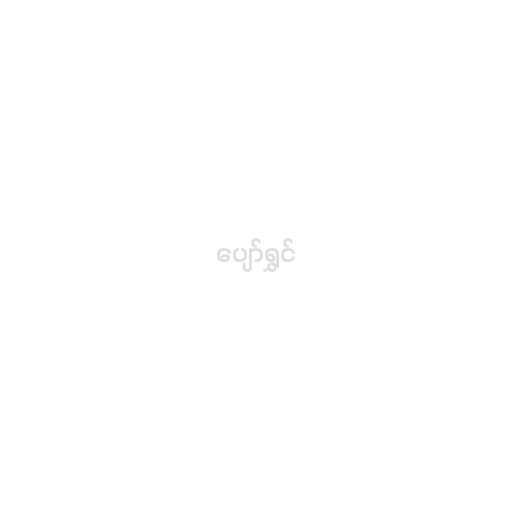
ပျော်ရွှင်